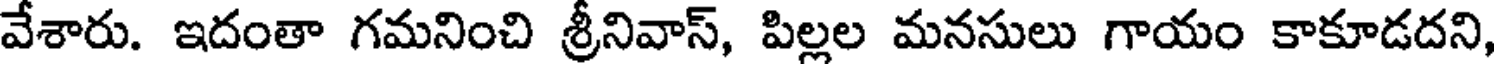
వేశారు. ఇదంతా గమనించి శ్రీనివాస్, పిల్లల మనసులు గాయం కాకూడదని,